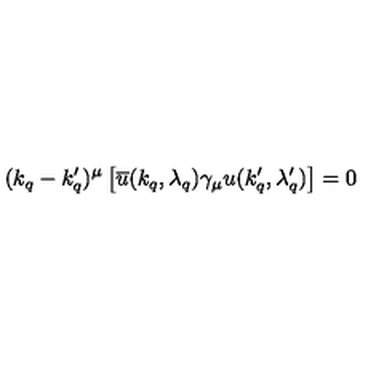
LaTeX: ( k _ { q } - k _ { q } ^ { \prime } ) ^ { \mu } \left[ \overline { u } ( k _ { q } , \lambda _ { q } ) \gamma _ { \mu } u ( k _ { q } ^ { \prime } , \lambda _ { q } ^ { \prime } ) \right] = 0 \